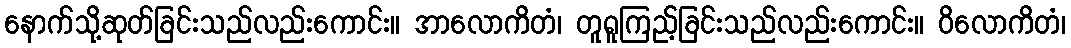
နောက်သို့ဆုတ်ခြင်းသည်လည်းကောင်း။ အာလောကိတံ၊ တူရူကြည့်ခြင်းသည်လည်းကောင်း။ ဝိလောကိတံ၊